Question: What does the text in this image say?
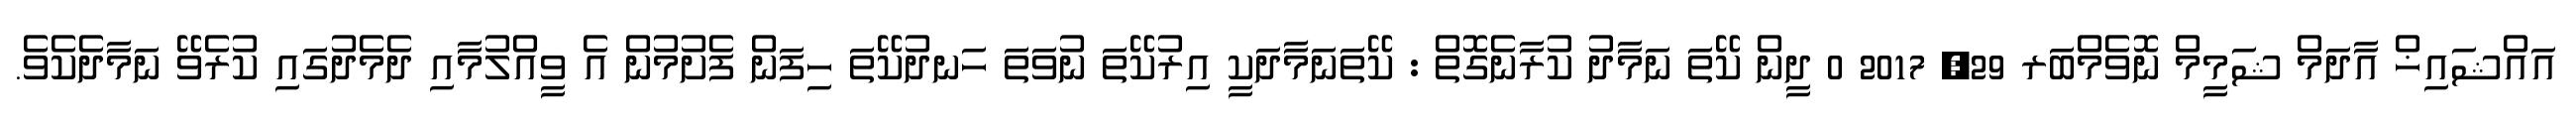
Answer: އައްޝައިޚް އާދަމް ޝަމީމް ނޮވެމްބަރ 29, 2017 0 ދީން ކޭތަ ނަމާދު ކުރާނެގޮތް : ކޭތަނަމާދަކީ އިރުކޭތަ ނުވަތަ ހަނދުކޭތަ ހިފަން ފެށުމުން އެ ވީއްލުމާއި ދެމެދުގައި ކުރެވޭ ނަމާދެކެވެ.